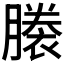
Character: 𧜜